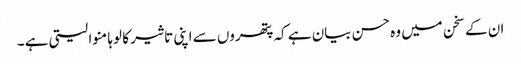
ان کے سخن میں وہ حسن بیان ہے کہ پتھروں سے اپنی تاثیر کا لوہا منوا لیتی ہے ۔